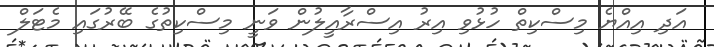
އަދި އިއްޔެ މިސްކިތް ހުޅުވި އިރު އިސްރާއީލުން ވަނީ މިސްކިތުގެ ބޭރުގައި މެޓަލް